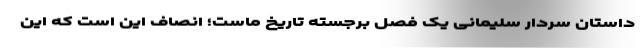
داستان سردار سلیمانی یک فصل برجسته تاریخ ماست؛ انصاف این است که این